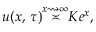
u ( x , \, \tau ) { \overset { x \rightsquigarrow \infty } { \asymp } } K e ^ { x } ,